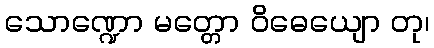
သောဏ္ဍော မတ္တော ဝိဓေယျော တု၊